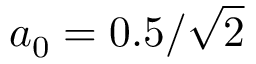
a _ { 0 } = 0 . 5 / \sqrt { 2 }